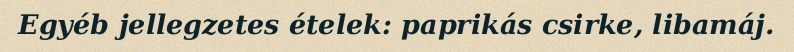
Egyéb jellegzetes ételek: paprikás csirke, libamáj.